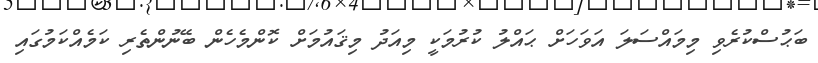
ބަޙުސްކުރެވި މިމައްސަލަ އަވަހަށް ޙައްލު ކުރުމަކީ މިއަދު މިޤައުމަށް ކޮންމެހެން ބޭނުންތެރި ކަމެއްކަމުގައި